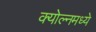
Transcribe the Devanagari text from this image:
क्योल्नमध्ये